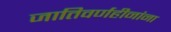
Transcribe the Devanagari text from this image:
जातिवर्णहीनांना